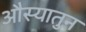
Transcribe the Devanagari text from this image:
औस्यातुन